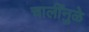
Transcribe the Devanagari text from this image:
चालींनुळे